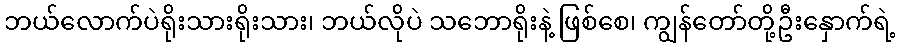
ဘယ်လောက်ပဲရိုးသားရိုးသား၊ ဘယ်လိုပဲ သဘောရိုးနဲ့ ဖြစ်စေ၊ ကျွန်တော်တို့ဦးနှောက်ရဲ့